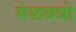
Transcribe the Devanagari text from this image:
मेळववो